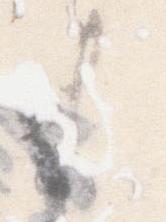
ま